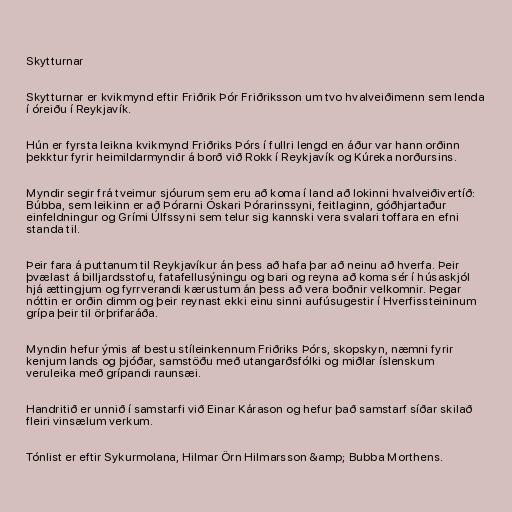
Skytturnar

Skytturnar er kvikmynd eftir Friðrik Þór Friðriksson um tvo hvalveiðimenn sem lenda
í óreiðu í Reykjavík.

Hún er fyrsta leikna kvikmynd Friðriks Þórs í fullri lengd en áður var hann orðinn
þekktur fyrir heimildarmyndir á borð við Rokk í Reykjavík og Kúreka norðursins.

Myndir segir frá tveimur sjóurum sem eru að koma í land að lokinni hvalveiðivertíð:
Búbba, sem leikinn er að Þórarni Óskari Þórarinssyni, feitlaginn, góðhjartaður
einfeldningur og Grími Úlfssyni sem telur sig kannski vera svalari toffara en efni
standa til.

Þeir fara á puttanum til Reykjavíkur án þess að hafa þar að neinu að hverfa. Þeir
þvælast á billjardsstofu, fatafellusýningu og bari og reyna að koma sér í húsaskjól
hjá ættingjum og fyrrverandi kærustum án þess að vera boðnir velkomnir. Þegar
nóttin er orðin dimm og þeir reynast ekki einu sinni aufúsugestir í Hverfissteininum
grípa þeir til örþrifaráða.

Myndin hefur ýmis af bestu stíleinkennum Friðriks Þórs, skopskyn, næmni fyrir
kenjum lands og þjóðar, samstöðu með utangarðsfólki og miðlar íslenskum
veruleika með grípandi raunsæi.

Handritið er unnið í samstarfi við Einar Kárason og hefur það samstarf síðar skilað
fleiri vinsælum verkum.

Tónlist er eftir Sykurmolana, Hilmar Örn Hilmarsson &amp; Bubba Morthens.